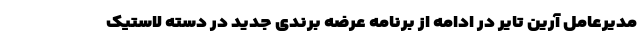
مدیرعامل آرین تایر در ادامه از برنامه عرضه برندی جدید در دسته لاستیک